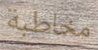
مخاطبة